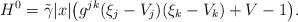
LaTeX: \begin{align*}H^0=\tilde{\gamma}|x|\bigl(g^{jk}(\xi_j-V_j)(\xi_k-V_k)+V-1\bigr).\end{align*}